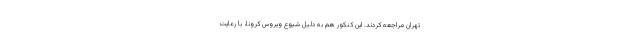
تهران مراجعه کردند. این کنکور هم به دلیل شیوع ویروس کرونا، با رعایت